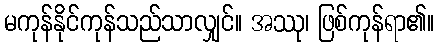
မကုန်နိုင်ကုန်သည်သာလျှင်။ အဿု၊ ဖြစ်ကုန်ရာ၏။